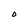
Character: 0